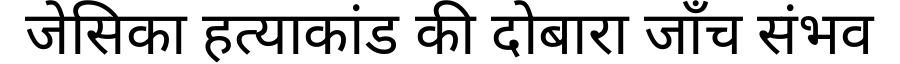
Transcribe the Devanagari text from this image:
जेसिका हत्याकांड की दोबारा जाँच संभव